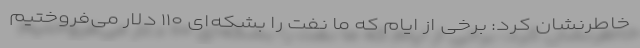
خاطرنشان کرد: برخی از ایام که ما نفت را بشکه‌ای ۱۱۰ دلار می‌فروختیم